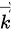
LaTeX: \scriptstyle{\overrightarrow{k}}